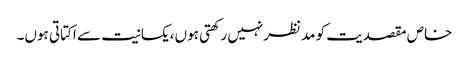
خاص مقصدیت کو مدنظرنہیں رکھتی ہوں،یکسانیت سے اکتاتی ہوں۔